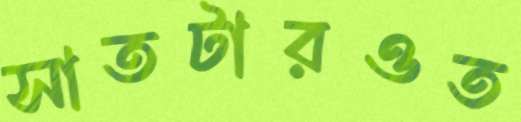
সাতটারওত